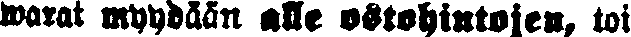
warat myydään alle ostohintojen, toi